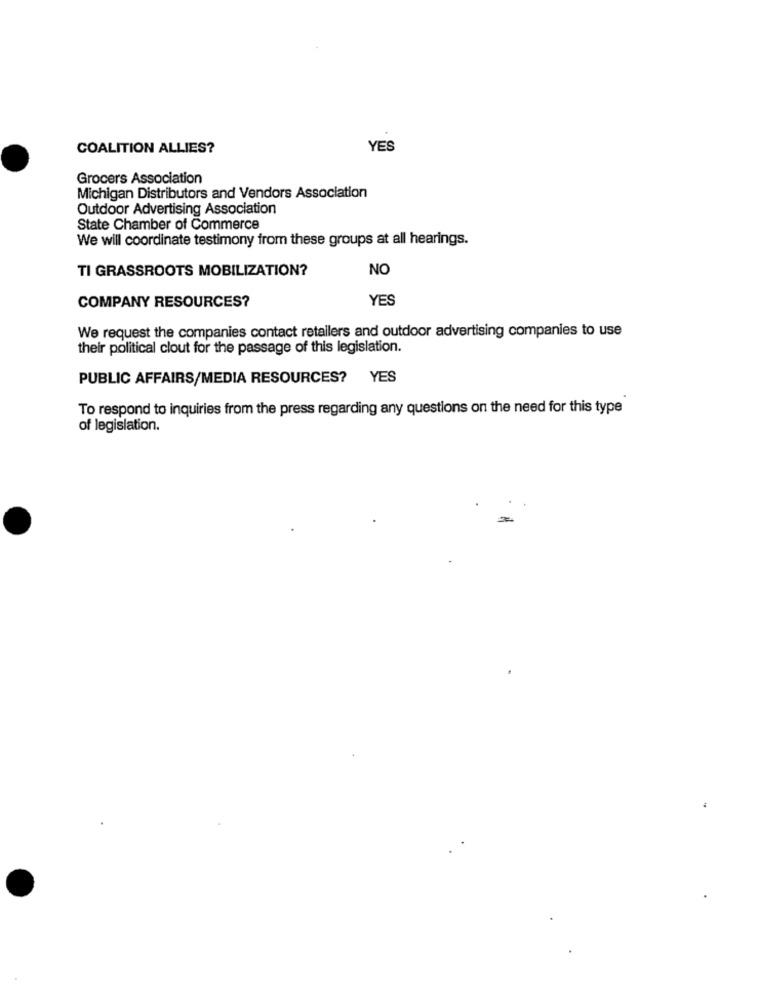
COALITION ALLIES?
YES
Grocers Association
Michigan Distributors and Vendors Association
Outdoor Advertising Association
State Chamber of Commerce
We will coordinate testimony from these groups at all hearings.
TI GRASSROOTS MOBILIZATION?
NO
COMPANY RESOURCES?
YES
We request the companies contact retailers and outdoor advertising companies to use
their political clout for the passage of this legislation.
PUBLIC AFFAIRS/MEDIA RESOURCES? YES
To respond to inquiries from the press regarding any questions on the need for this type
of legislation.